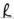
Text: R